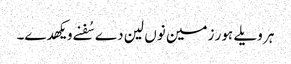
ہر ویلے ہور زمین نوں لین دے سُفنے ویکھدے۔